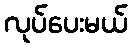
လုပ်ပေးမယ်